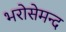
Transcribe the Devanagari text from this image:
भरोसेमन्द